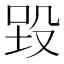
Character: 𪵉